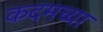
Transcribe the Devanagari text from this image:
कदमच्या